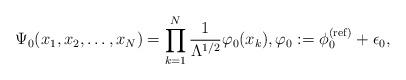
LaTeX: \begin{align*} \Psi_0(x_1,x_2,\ldots,x_N) = \prod_{k=1}^N \frac{1}{\Lambda^{1/2}} \varphi_0(x_k), \varphi_0:= \phi^{(\mathrm{ref})}_0 + \epsilon_0, \end{align*}